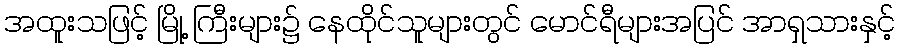
အထူးသဖြင့် မြို့ ကြီးများ၌ နေထိုင်သူများတွင် မောင်ရီများအပြင် အာရှသားနှင့်